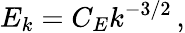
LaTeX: E_{k}=C_{E}k^{-3/2}\, ,